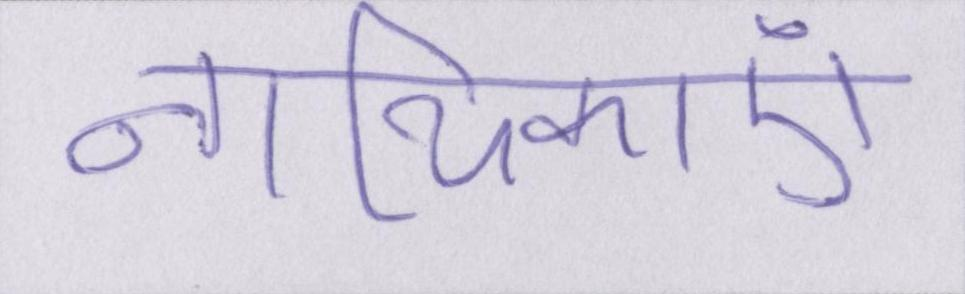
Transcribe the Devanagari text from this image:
नायिकाएं